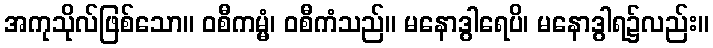
အကုသိုလ်ဖြစ်သော။ ဝစီကမ္မံ၊ ဝစီကံသည်။ မနောဒွါရေပိ၊ မနောဒွါရ၌လည်း။